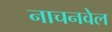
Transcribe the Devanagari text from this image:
नाचनवेल